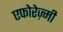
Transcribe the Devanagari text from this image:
एफोरेज़्मी